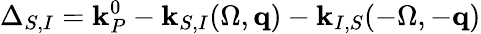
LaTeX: \Delta_{S,I}=\mathbf{k}_{P}^{0}-\mathbf{k}_{S,I}(\Omega,{\mathbf{q}})-\mathbf{k}_{I,S}(-\Omega,-{\mathbf{q}})